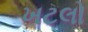
ખટલો